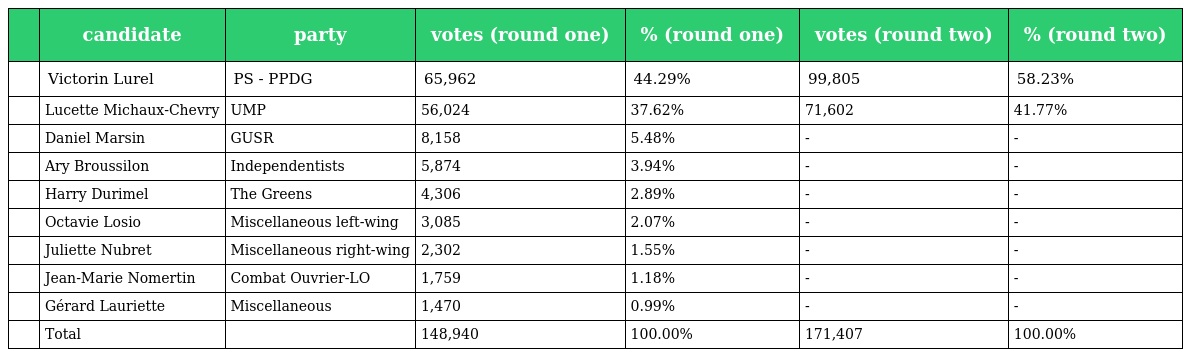
|  | candidate | party | votes (round one) | % (round one) | votes (round two) | % (round two) |
 | --- | --- | --- | --- | --- | --- | --- |
 |  | Victorin Lurel | PS - PPDG | 65,962 | 44.29% | 99,805 | 58.23% |
 |  | Lucette Michaux-Chevry | UMP | 56,024 | 37.62% | 71,602 | 41.77% |
 |  | Daniel Marsin | GUSR | 8,158 | 5.48% | - | - |
 |  | Ary Broussilon | Independentists | 5,874 | 3.94% | - | - |
 |  | Harry Durimel | The Greens | 4,306 | 2.89% | - | - |
 |  | Octavie Losio | Miscellaneous left-wing | 3,085 | 2.07% | - | - |
 |  | Juliette Nubret | Miscellaneous right-wing | 2,302 | 1.55% | - | - |
 |  | Jean-Marie Nomertin | Combat Ouvrier-LO | 1,759 | 1.18% | - | - |
 |  | Gérard Lauriette | Miscellaneous | 1,470 | 0.99% | - | - |
 |  | Total |  | 148,940 | 100.00% | 171,407 | 100.00% |